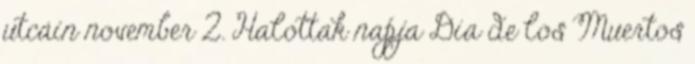
utcáin november 2. Halottak napja Día de los Muertos